Rangoon Lunatic Asylum 1878-1892 - 1878-1892
Year: 1878
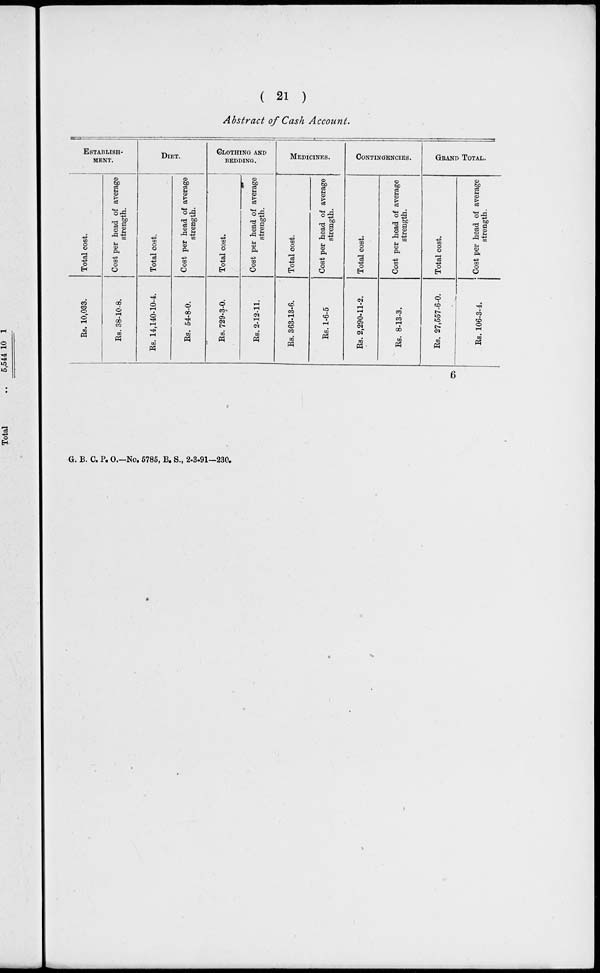
( 21 )
Abstract of Cash Account.
ESTABLISH-
----.
Total cost.
Rs. 10,033.
Cost per head of average
strength.
Rs. 38-10-8.
DIET.
Total cost.
Rs. 14,140-10-4.
Cost per head of average
strength.
Rs. 54-8-0.
CLOTHING AND
BEDDING.
Total cost.
Rs. 729-3-0.
Cost per head of average
strength.
Rs. 2-12-11.
MEDICINES.
Total cost.
Rs. 363-13-6.
Cost per head of average
strength.
Rs. 1-6-5
CONTINGENCIES.
Total cost.
Rs. 2,290-11-2.
Cost per head of average
strength.
Rs. 8-13-3.
GRAND TOTAL.
Total cost.
Rs. 27,557-6-0.
Cost per head of average
strength.
Rs. 106-3-4.
6
G. B. C. P. O.—No. 5785, B. S., 2-3-91—230.